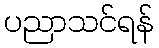
ပညာသင်ရန်